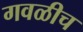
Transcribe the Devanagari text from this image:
गवळीच